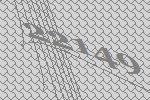
22149